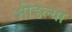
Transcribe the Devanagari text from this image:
भीडल्या